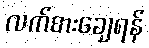
လက်စားချေရန်